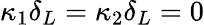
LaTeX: \kappa_{1}\delta_{L}=\kappa_{2}\delta_{L}=0